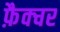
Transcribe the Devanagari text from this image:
फ़ैक्चर